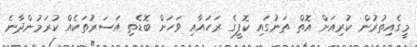
މީގެއިތުރުން ކުރިއަށް އޮތް ތަނުގައި ކޮފީގެ ރަހައާއި ވަހަށް ބޮޑެތި އަސަރުތަކެއް ކުރަމުންދާނެ